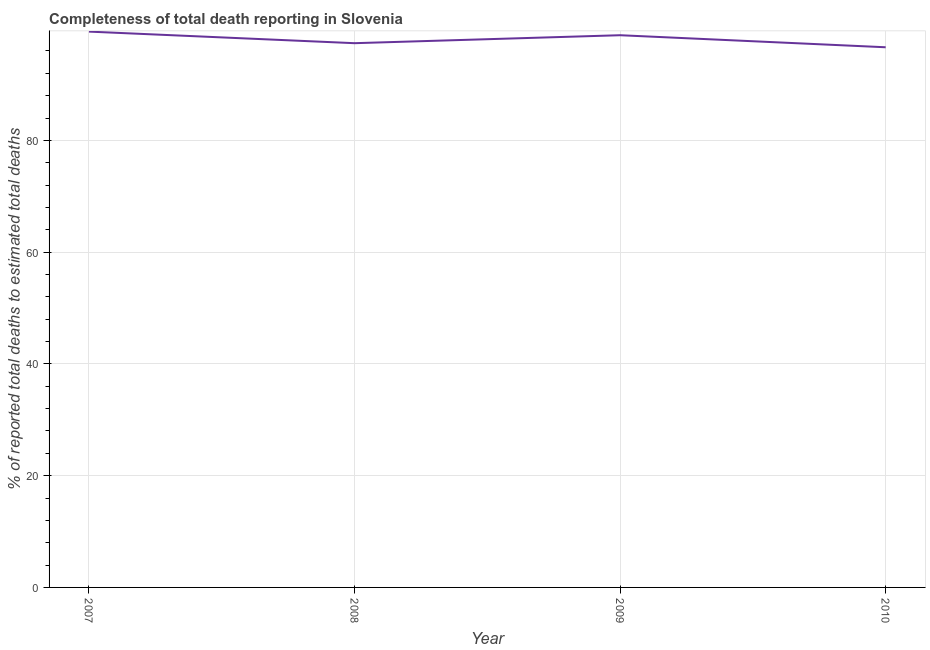
| Year | Completeness of total death reporting  |
 | --- | --- |
 | 2007 | 99.5 |
 | 2008 | 97.4 |
 | 2009 | 98.8 |
 | 2010 | 96.7 |